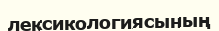
лексикологиясының